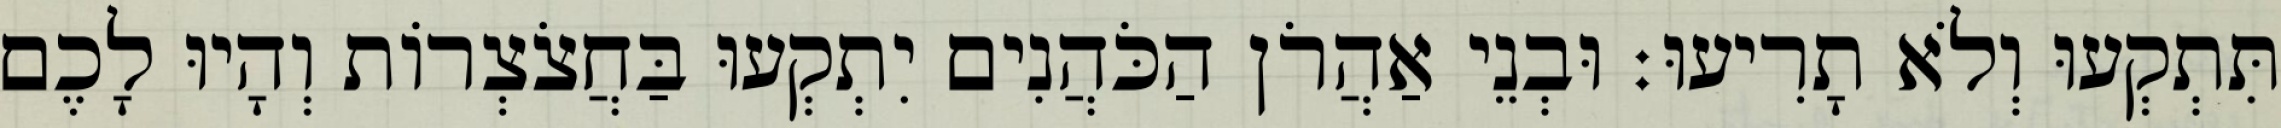
תִּתְקְעוּ וְלֹא תָרִיעוּ׃ וּבְנֵי אַהֲרֹן הַכֹּהֲנִים יִתְקְעוּ בַּחֲצֹצְרוֹת וְהָיוּ לָכֶם